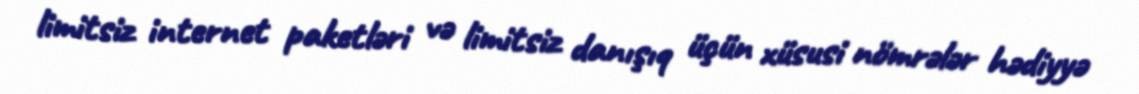
limitsiz internet paketləri və limitsiz danışıq üçün xüsusi nömrələr hədiyyə